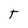
Character: T